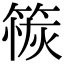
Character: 䈐